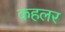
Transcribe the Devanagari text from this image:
कहलर